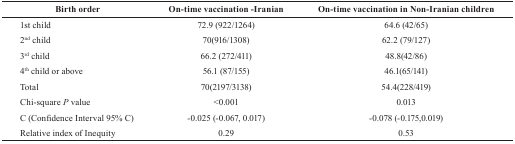
| Birth order | On-time vaccination -Iranian | On-time vaccination in Non-Iranian children |
 | --- | --- | --- |
 | 1st child | 72.9 (922/1264) | 64.6 (42/65) |
 | 2nd child | 70(916/1308) | 62.2 (79/127) |
 | 3rd child | 66.2 (272/411) | 48.8(42/86) |
 | 4th child or above | 56.1 (87/155) | 46.1(65/141) |
 | Total | 70(2197/3138) | 54.4(228/419) |
 | Chi-square P value | <0.001 | 0.013 |
 | C (Confidence Interval 95% C) | -0.025 (-0.067, 0.017) | -0.078 (-0.175,0.019) |
 | Relative index of Inequity | 0.29 | 0.53 |